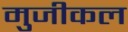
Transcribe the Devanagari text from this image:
मुजीकल